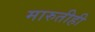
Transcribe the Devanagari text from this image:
मारुतीही